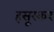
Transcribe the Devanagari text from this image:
हसूरकर